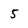
Character: 5